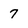
Character: 7